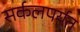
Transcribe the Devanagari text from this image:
सर्कलपर्यत